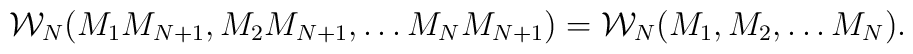
{\cal W}_{N}(M_1 M_{N+1}, M_2 M_{N+1}, \dots M_{N} M_{N+1})={\cal W}_{N}(M_1, M_2, \dots M_N).